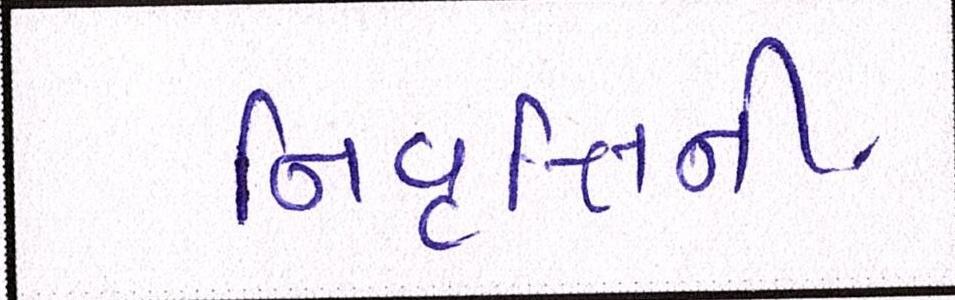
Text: નિવૃત્તિની